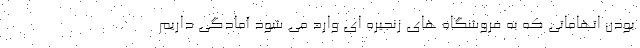
بودن اتهاماتی که به فروشگاه های زنجیره ای وارد می شود آمادگی داریم